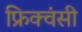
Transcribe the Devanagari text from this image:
फ्रिक्वंसी